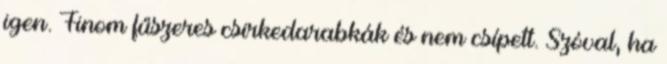
igen. Finom fűszeres csirkedarabkák és nem csípett. Szóval, ha